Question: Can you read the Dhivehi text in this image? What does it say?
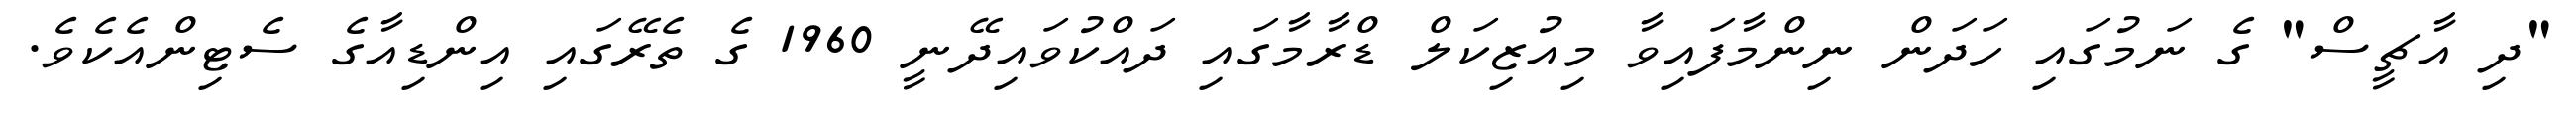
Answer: "ދި އާޗީސް" ގެ ނަމުގައި ހަދަން ނިންމާފައިވާ މިއުޒިކަލް ޑްރާމާގައި ދައްކުވައިދޭނީ 1960 ގެ ތެރޭގައި އިންޑިއާގެ ސެޓިންއެކެވެ.